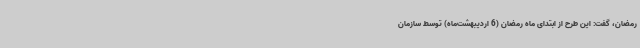
رمضان، گفت: این طرح از ابتدای ماه رمضان (6 اردیبهشت‌ماه) توسط سازمان